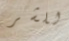
للشر